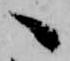
へ